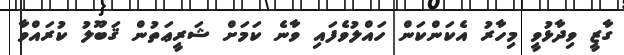
ގާޒީ ވިދާޅުވީ މިހާރު އެކަންކަން ހައްލުވެފައި ވާނެ ކަމަށް ޝަރީޢަތުން ޤަބޫލު ކުރައްވާ